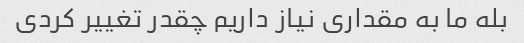
بله ما به مقداری نیاز داریم چقدر تغییر کردی